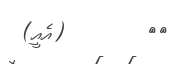
٣٣        (އެއީ)